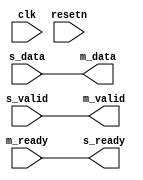
module util_axis_resize (
	input                       clk,
	input                       resetn,

	input                       s_valid,
	output                      s_ready,
	input [C_S_DATA_WIDTH-1:0]  s_data,

	output                      m_valid,
	input                       m_ready,
	output [C_M_DATA_WIDTH-1:0] m_data
);

parameter C_M_DATA_WIDTH = 64;
parameter C_S_DATA_WIDTH = 64;
parameter C_BIG_ENDIAN = 0;

generate if (C_S_DATA_WIDTH == C_M_DATA_WIDTH) begin

assign m_valid = s_valid;
assign s_ready = m_ready;
assign m_data = s_data;

end else if (C_S_DATA_WIDTH < C_M_DATA_WIDTH) begin

localparam RATIO = C_M_DATA_WIDTH / C_S_DATA_WIDTH;

reg [C_M_DATA_WIDTH-1:0] data;
reg [$clog2(RATIO)-1:0] count;
reg valid;

always @(posedge clk)
begin
	if (resetn == 1'b0) begin
		count <= RATIO - 1;
		valid <= 1'b0;
	end else begin
		if (count == 'h00 && s_ready == 1'b1 && s_valid == 1'b1)
			valid <= 1'b1;
		else if (m_ready == 1'b1)
			valid <= 1'b0;

		if (s_ready == 1'b1 && s_valid == 1'b1) begin
			if (count == 'h00)
				count <= RATIO - 1;
			else
				count <= count - 1'b1;
		end
	end
end

always @(posedge clk)
begin
	if (s_ready == 1'b1 && s_valid == 1'b1)
		if (C_BIG_ENDIAN == 1) begin
			data <= {data[C_M_DATA_WIDTH-C_S_DATA_WIDTH-1:0], s_data};
		end else begin
			data <= {s_data, data[C_M_DATA_WIDTH-1:C_S_DATA_WIDTH]};
		end
end

assign s_ready = ~valid || m_ready;
assign m_valid = valid;
assign m_data = data;

end else begin

localparam RATIO = C_S_DATA_WIDTH / C_M_DATA_WIDTH;

reg [C_S_DATA_WIDTH-1:0] data;
reg [$clog2(RATIO)-1:0] count;
reg valid;

always @(posedge clk)
begin
	if (resetn == 1'b0) begin
		count <= RATIO - 1;
		valid <= 1'b0;
	end else begin
		if (s_valid == 1'b1 && s_ready == 1'b1)
			valid <= 1'b1;
		else if (count == 'h0 && m_ready == 1'b1 && m_valid == 1'b1)
			valid <= 1'b0;

		if (m_ready == 1'b1 && m_valid == 1'b1) begin
			if (count == 'h00)
				count <= RATIO - 1;
			else
				count <= count - 1'b1;
		end
	end
end

always @(posedge clk)
begin
	if (s_ready == 1'b1 && s_valid == 1'b1) begin
		data <= s_data;
	end else if (m_ready == 1'b1 && m_valid == 1'b1) begin
		if (C_BIG_ENDIAN == 1) begin
			data[C_S_DATA_WIDTH-1:C_M_DATA_WIDTH] <= data[C_S_DATA_WIDTH-C_M_DATA_WIDTH-1:0];
		end else begin
			data[C_S_DATA_WIDTH-C_M_DATA_WIDTH-1:0] <= data[C_S_DATA_WIDTH-1:C_M_DATA_WIDTH];
		end
	end
end

assign s_ready = ~valid || (m_ready && count == 'h0);
assign m_valid = valid;
assign m_data = C_BIG_ENDIAN == 1 ?
	data[C_S_DATA_WIDTH-1:C_S_DATA_WIDTH-C_M_DATA_WIDTH] :
	data[C_M_DATA_WIDTH-1:0];

end
endgenerate

endmodule